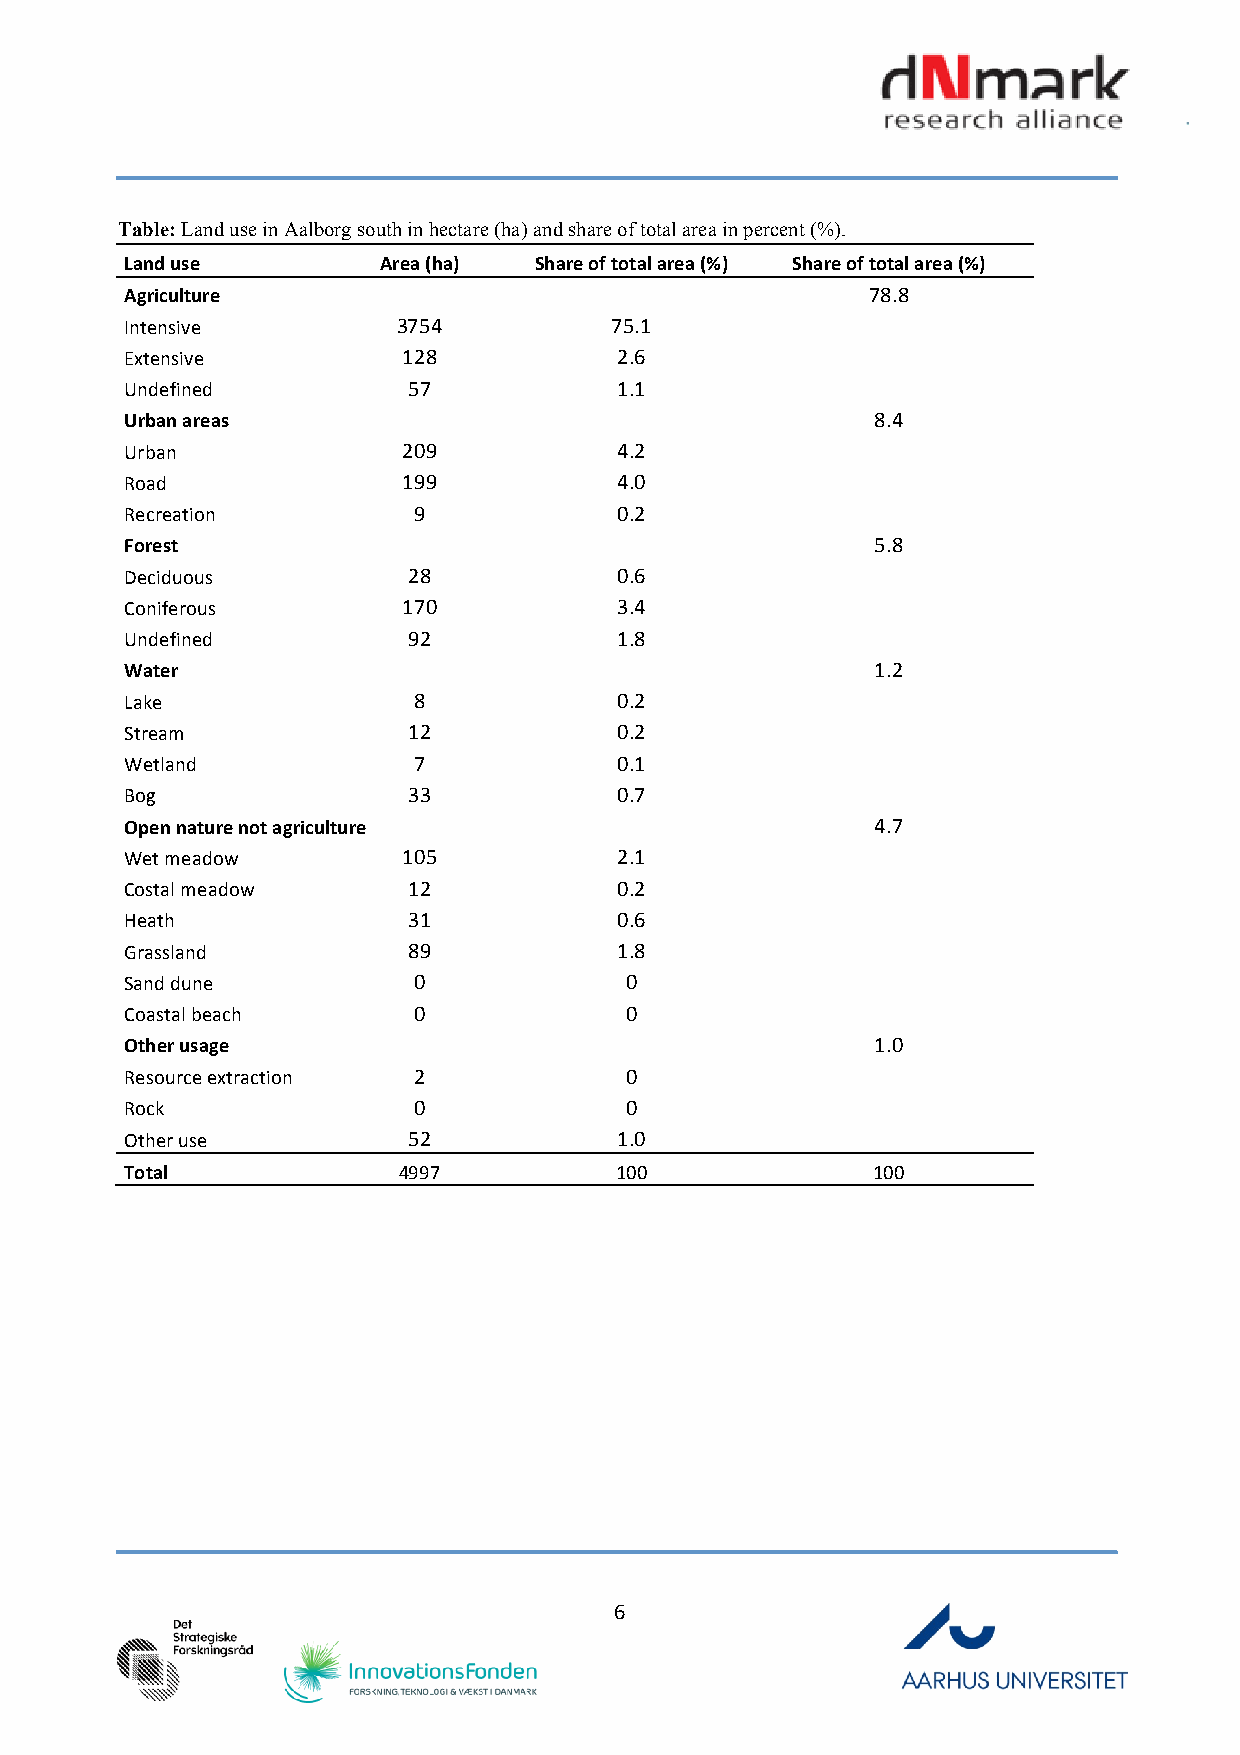
Table: Land use in Aalborg south in hectare (ha) and share of total area in percent (%).
 Land use         Area (ha) Share of total area (%) Share of total area (%)
 Agriculture                                      78.8
 Intensive         375 4         75 .1
 Extensive          128           2.6
 Undefined          57            1.1
 Urban areas                                       8. 4
 Urban              20 9          4. 2
 Road               199           4.0
 Recreation         9             0.2
 Forest                                            5. 8
 Deciduous          28            0. 6
 Coniferous         170           3.4
 Undefined          92            1.8
 Water                                             1. 2
 Lake               8             0. 2
 Stream             12            0.2
 Wetland            7             0.1
 Bog                33            0.7
 Open nature not agriculture                       4. 7
 Wet meadow         105           2. 1
 Costal meadow      12            0.2
 Heath              31            0.6
 Grassland          89            1.8
 Sand dune          0             0
 Coastal beach      0             0
 Other usage                                       1. 0
 Resource extraction 2            0
 Rock               0             0
 Other use          52            1.0
 Total             4997           100              10 0
 6